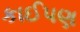
કાઈપણ